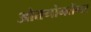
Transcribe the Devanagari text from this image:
ओतगोनतेंगर